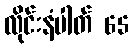
လိုင်းနံပါတ် 65